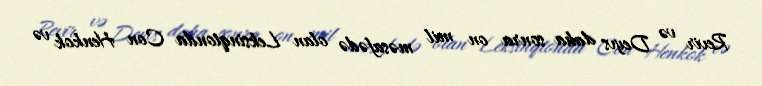
Revir və Deyvs daha sonra on mil məsafədə olan Leksinqtonda Con Henkok və